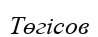
Төгісов